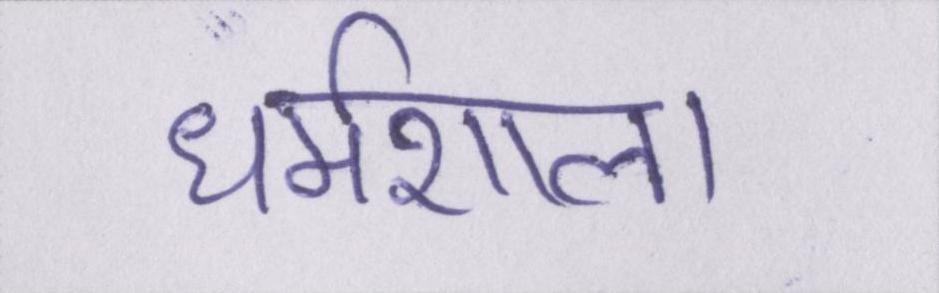
धर्मशाला